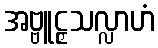
အဗ္ဗူဠှသလ္လာဟံ